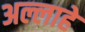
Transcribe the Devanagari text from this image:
अल्लाहे